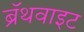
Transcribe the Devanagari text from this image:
ब्रॅथवाइट